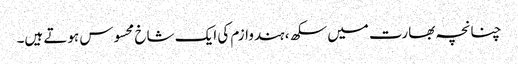
چنانچہ بھارت میں سکھ، ہندوازم کی ایک شاخ محسوس ہوتے ہیں۔